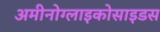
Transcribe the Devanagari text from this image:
अमीनोग्लाइकोसाइडस